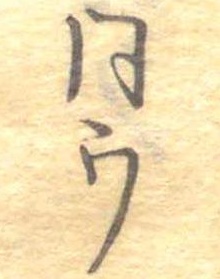
同ウ